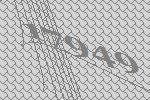
17949